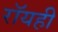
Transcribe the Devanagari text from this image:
रॉयही